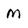
Character: M